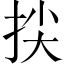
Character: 𢬅